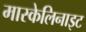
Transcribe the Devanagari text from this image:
मास्केलिनाइट